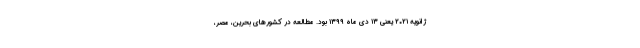
ژانویه ۲۰۲۱ یعنی ۱۳ دی ماه ۱۳۹۹ بود. مطالعه در کشورهای بحرین، مصر،